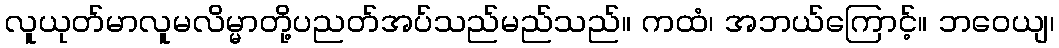
လူယုတ်မာလူမလိမ္မာတို့ပညတ်အပ်သည်မည်သည်။ ကထံ၊ အဘယ်ကြောင့်။ ဘဝေယျ၊